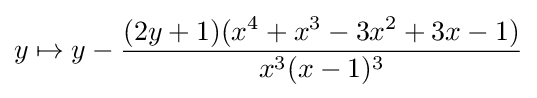
y\mapsto y-{\frac {(2y+1)(x^{4}+x^{3}-3x^{2}+3x-1)}{x^{3}(x-1)^{3}}}